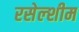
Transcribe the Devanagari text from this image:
रसेल्शीम